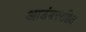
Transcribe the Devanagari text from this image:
आडंबररहित